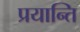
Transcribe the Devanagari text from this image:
प्रयान्ति